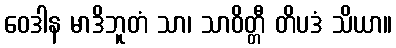
ဝေဒါန မာဒိဘူတံ သာ၊ သာဝိတ္တီ တိပဒံ သိယာ။